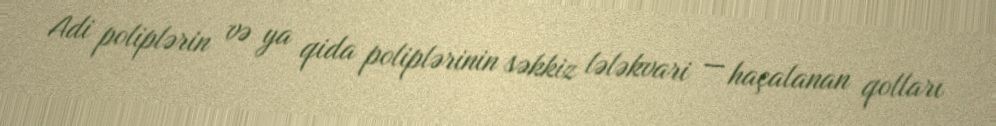
Adi poliplərin və ya qida poliplərinin səkkiz lələkvari — haçalanan qolları